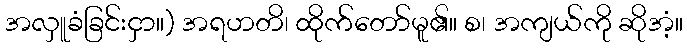
အလှူခံခြင်းငှာ။) အရဟတိ၊ ထိုက်တော်မူ၏။ စ၊ အကျယ်ကို ဆိုအံ့။